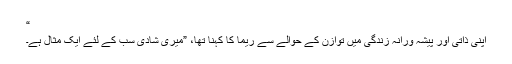
“
اپنی ذاتی اور پیشہ ورانہ زندگی میں توازن کے حوالے سے ریما کا کہنا تھا، ”میری شادی سب کے لئے ایک مثال ہے۔